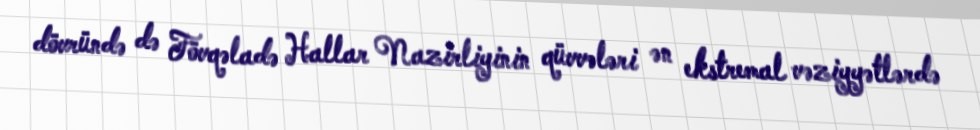
dövründə də Fövqəladə Hallar Nazirliyinin qüvvələri ən ekstremal vəziyyətlərdə